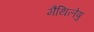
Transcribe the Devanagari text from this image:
मैथिलेषु